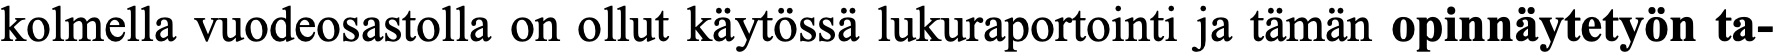
kolmella vuodeosastolla on ollut käytössä lukuraportointi ja tämän opinnäytetyön ta-